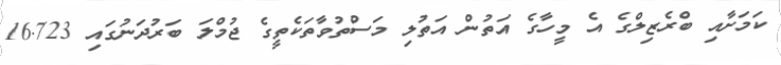
ކަމަށާއި ބްރެޒިލްގެ އެ މީހާގެ އަތުން އަތުލި މަސްތުވާތަކެތީގެ ޖުމްލަ ބަރުދަނުގައި 16.723